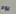
يوم